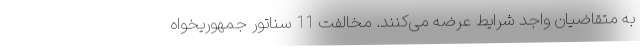
به متقاضیان واجد شرایط عرضه می‌کنند. مخالفت 11 سناتور جمهوریخواه